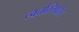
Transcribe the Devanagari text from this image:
त्वत्तस्तिष्ठति